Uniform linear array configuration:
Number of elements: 48
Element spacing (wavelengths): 0.75
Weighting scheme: blackman
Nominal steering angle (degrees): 45
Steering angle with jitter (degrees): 44.097
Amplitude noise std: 0.05
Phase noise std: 0.05

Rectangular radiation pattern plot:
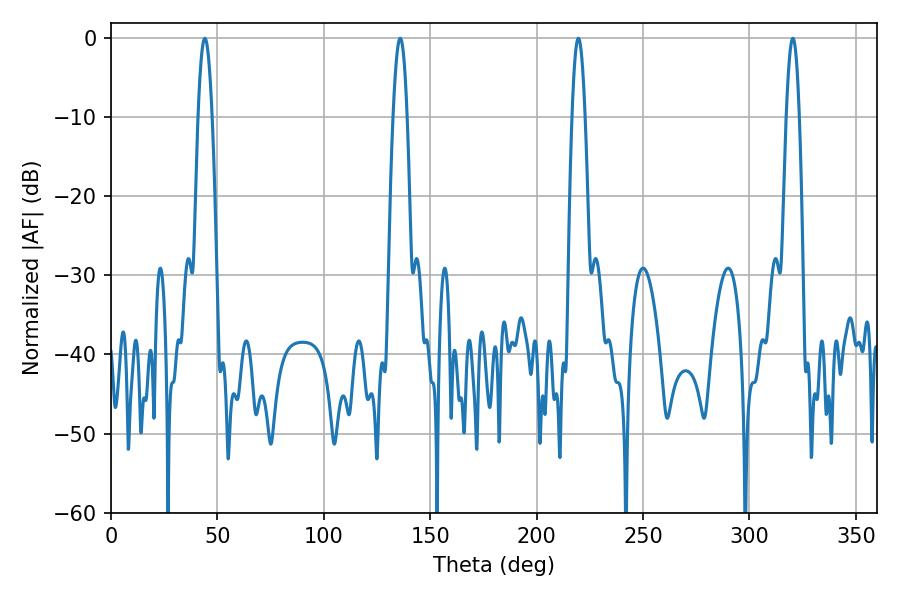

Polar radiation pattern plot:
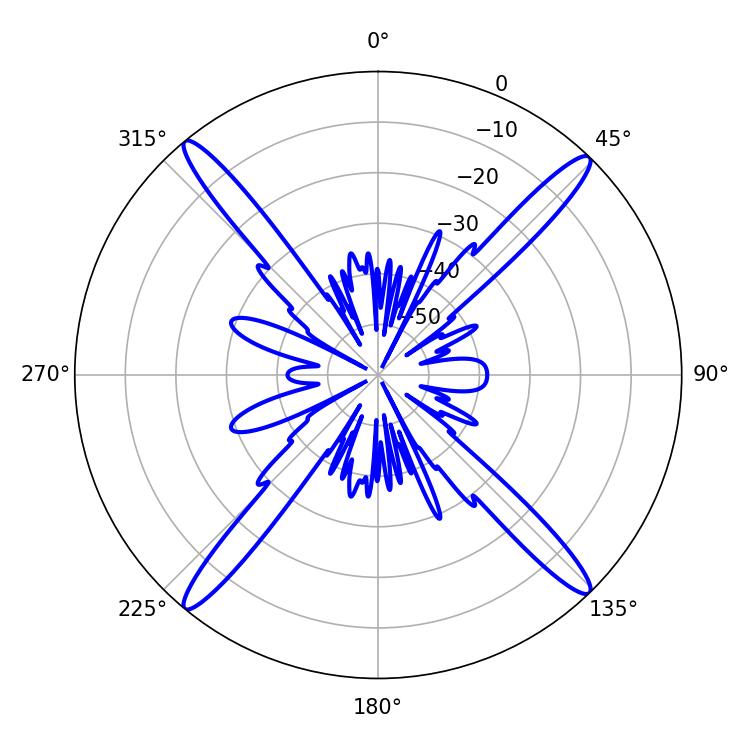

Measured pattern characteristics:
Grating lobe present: TRUE
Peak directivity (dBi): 21.639
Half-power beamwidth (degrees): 3.24
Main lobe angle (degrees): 219.6